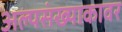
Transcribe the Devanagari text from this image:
अल्पसंख्याकावर